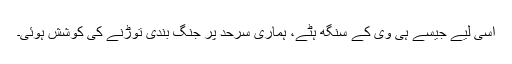
اسی لیے جیسے ہی وی کے سنگھ ہٹے، ہماری سرحد پر جنگ بندی توڑنے کی کوشش ہوئی۔